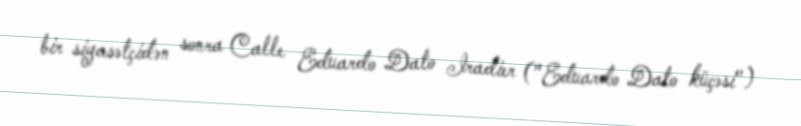
bir siyasətçidən sonra Calle Eduardo Dato Iradier ("Eduardo Dato küçəsi")